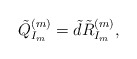
\begin{align*}\tilde{Q}^{(m)}_{I_m}=\tilde{d}\tilde{R}^{(m)}_{I_m},\end{align*}